Scottish Certificate of Education, 1962
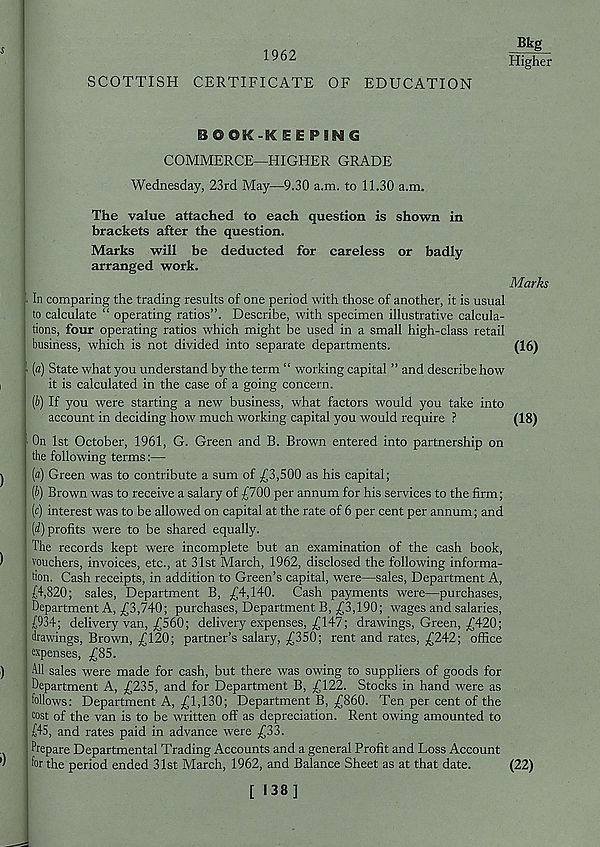
1962
SCOTTISH CERTIFICATE OF EDUCATION
Bkg
Higher
BGOK-IC EE
COMMERCE—HIGHER GRADE
Wednesday, 23rd May—9.30 a.m. to 11.30 a.m.
The value attached to each question is shown in
brackets after the question.
Marks will be deducted for careless or badly
arranged work.
Marks
In comparing the trading results of one period with those of another, it is usual
to calculate “ operating ratios”. Describe, with specimen illustrative calcula-
tions, four operating ratios which might be used in a small high-class retail
business, which is not divided into separate departments.
(16)
[a) State what you understand by the term “ working capital ” and describe how
it is calculated in the case of a going concern.
[b) If you were starting a new business, what factors would you take into
account in deciding how much working capital you would require ?
(18)
On 1st October, 1961, G. Green and B. Brown entered into partnership on
the following terms:—
(a) Green was to contribute a sum of ,£3,500 as his capital;
(b) Brown was to receive a salary of £700 per annum for his services to the firm;
(c) interest was to be allowed on capital at the rate of 6 per cent per annum; and
(d) profits were to be shared equally.
The records kept were incomplete but an examination of the cash book,
vouchers, invoices, etc., at 31st March, 1962, disclosed the following informa-
tion. Cash receipts, in addition to Green’s capital, were—sales, Department A,
f4,820; sales, Department B, £4,140. Cash payments were—purchases,
Department A, £3,740; purchases, Department B, £3,190; wages and salaries,
£934; delivery van, £560; delivery expenses, £147; drawings, Green, £420;
drawings, Brown, £120; partner’s salary, £350; rent and rates, £242; office
expenses, £85.
All sales were made for cash, but there was owing to suppliers of goods for
Department A, £235, and for Department B, £122. Stocks in hand were as
follows: Department A, £1,130; Department B, £860. Ten per cent of the
eost of the van is to be written off as depreciation. Rent owing amounted to
£45, and rates paid in advance were £33.
Prepare Departmental Trading Accounts and a general Profit and Loss Account
for the period ended 31st March, 1962, and Balance Sheet as at that date.
(22)